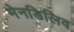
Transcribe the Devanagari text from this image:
मेनडिलिव